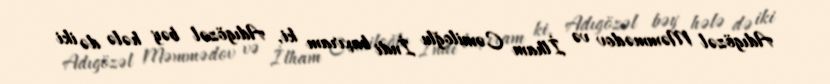
Adıgözəl Məmmədov və İlham Cəmiloğlu İndi baxıram ki, Adıgözəl bəy hələ də iki